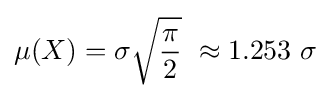
\mu (X)=\sigma {\sqrt {\frac {\pi }{2}}}\ \approx 1.253\ \sigma